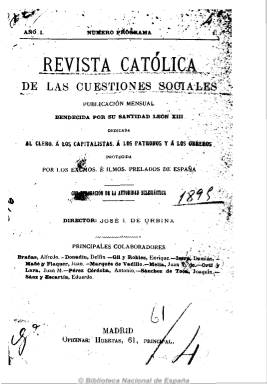
Título: Revista católica de las cuestiones sociales
Otros títulos: Título: Revista católica de cuestiones sociales, marzo-1908-<dic. 1930>
Colección: Religión
Ámbito geográfico: Madrid
Lugar de publicación: Madrid
Fechas: 01/01/1895-31/12/1930

La publicación más duradera de carácter confesional y doctrinal dedicada al movimiento obrero católico que reunió a las primeras plumas carlistas y más conservadoras e integristas del catolicismo español. Fundada por el segundo marqués de Comillas, Carlos López Bru (1853-1925), representante de la tendencia más conservadora y gran benefactor de la iglesia católica. Fue dirigida por el integrista sevillano José Ignacio de Urbina, fundador de una Liga Antimasónica y Antisemita.

Se dedicó a la propaganda católica a favor de las “instituciones económicas de la clase obrera” y a difundir la doctrina social de la iglesia católica, tomando como guía las encíclicas de León XIII, calificado como “el Papa de los obreros”, y los documentos de la jerarquía eclesiástica.

Estuvo dirigida “al clero, a los capitalistas, a los patronos y a los obreros” y protegida por los prelados españoles y otros protectores seglares pertenecientes a la aristocracia y a las clases profesionales. Pretendía que los obreros supieran ”quienes son sus verdaderos amigos”, y promovió en España la fundación de círculos, asociaciones y sindicatos de obreros católicos, frente a la “amenaza” socialista y el “nefasto” anarquismo, a través de la “caridad”, intentado el restablecimiento de los antiguos gremios y fomentando el cooperativismo. Llamó al clero para que condujera en España “el movimiento social moderno”.

Entre sus colaboradores se encuentran el carlista Enrique Gil y Robles (1849-1908), Juan Mañe y Flaquer (1823-1901), Juan Mella, Juan M. Ortí y Lara, los pidalianos Sánchez de Toca y Lema y Vadillo, así como Amando Castroviejo, autor de las reseñas bibliográficas, o León Leal Ramos (1881-1959).

Además de artículos doctrinales, publicó informaciones sobre el movimiento social católico y crónicas del extranjero, además de reproducir textos legales.

De periodicidad mensual, apareció al principio con 16 páginas, aumentándolas progresivamente hasta alcanzar el centenar por número. Publicó índices semestrales. Tuvo imprenta propia.